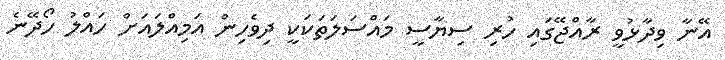
އޭނާ ވިދާޅުވީ ރާއްޖޭގައި ހުރި ސިޔާސީ މައްސަލަތަކަކީ ދިވެހިން އަމިއްލައަށް ހައްލު ހޯދޭނެ